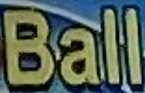
Ball